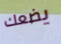
يضعك